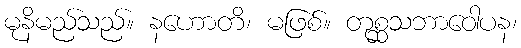
မုနိမည်သည်။ နဟောတိ၊ မဖြစ်။ တုစ္ဆသဘာဝေါပန၊